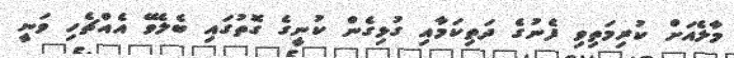
މާލެއަށް ކުރިމަތިވި ފެނުގެ ދަތިކަމާއި ގުޅިގެން ކުނީގެ ގޮތުގައި ބެލެވޭ އެއްޗެހި ވަނީ